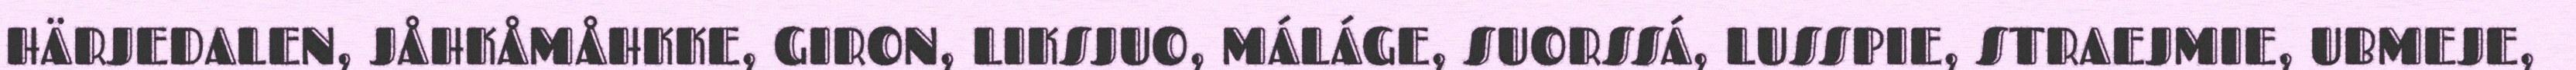
HÄRJEDALEN, JÅHKÅMÅHKKE, GIRON, LIKSJUO, MÁLÁGE, SUORSSÁ, LUSSPIE, STRAEJMIE, UBMEJE,